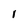
Character: 1